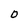
Character: 0